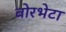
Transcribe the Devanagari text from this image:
बोरभेटा